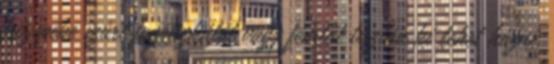
közepébe szúrt fogpiszkálót vagy fémtűt tisztán ki lehet húzni.